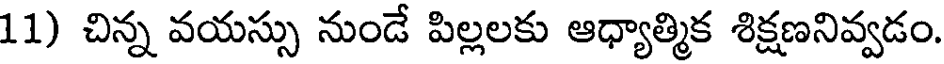
11) చిన్న వయస్సు నుండే పిల్లలకు ఆధ్యాత్మిక శిక్షణనివ్వడం.